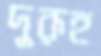
দুরূহ